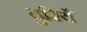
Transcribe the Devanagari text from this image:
दुरियँ